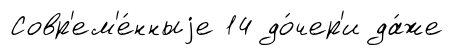
Совр'ем'е́нныjе 14 до́чер'и да́же